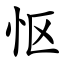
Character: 怄